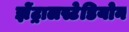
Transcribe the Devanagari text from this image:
झेंट्रालस्टेडियोन